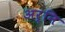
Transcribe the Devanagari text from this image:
अर्नि